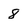
Character: 8